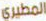
المطيري